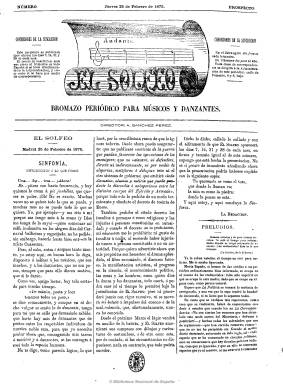
Título: El Solfeo (Madrid)
Colección: Revistas satíricas y humorísticas || Periódicos
Ámbito geográfico: Madrid
Lugar de publicación: Madrid
Fechas: 25/02/1875-25/07/1878

Aunque utilice términos musicales en su redacción, como en el propio título y subtítulo, se trata de un periódico de marcado carácter político y tendencia cripto-republicana que, al ser proscrita  esta prensa tras el golpe del general Arsenio Martínez Campos en Sagunto y la consiguiente restauración de la dinastía borbónica en la persona de Alfonso XII, adopta un carácter cómico-serio, satírico y humorístico. Dirigido por el federalista Antonio Sánchez Pérez, intentará ser punto de encuentro entre las diferentes facciones del republicanismo español y sus textos mostrarán una elevada altura literaria. Comenzará apareciendo cuatro veces al mes, y tras una breve suspensión en julio de 1875 por parte del gobernador civil, pasa a ser diario a partir de octubre de este año, cambiando su subtítulo “bromazo periódico para músicos y danzantes” a “bromazo diario…”, con números de cuatro páginas.

Contendrá artículos, revista de prensa, noticias y crónica de teatro, la mayor parte tratados con estilo joco-serio, así como grabados de caricaturas políticas y de costumbres. Alterna entre textos breves y artículos de fondo, tanto en prosa como en verso. El principal de sus redactores será Leopoldo Alas, recién llegado a Madrid, que firmará también con el seudónimo Zoilito y comenzará también a utilizar el de Clarín. Incluirá una sección titulada “Correspondencia del exterior”, en donde colaboran republicanos en el exilio, como el propio Nicolás Salmerón o Ángel Fernández de los Ríos, asiduo este en sus páginas desde su corresponsalía en París. También se dan cita en sus páginas Gumersindo de Azcárate, Armando Palacio Valdés, Luis Taboada, Eusebio Sierra, Antonio Sánchez Ramón, Eusebio Moya Bolivar, Ricardo Becerro y Eladio Lezama, apareciendo otros textos firmados con los seudónimos Compasillo, Clarinete y Maestoso.

Antes de desaparecer, en 1878 se subtitula “diario democrático de la mañana”, adscribiéndose a este partido, incluyendo ya la sección “Correo de provincias” y una breve de “Espectáculos”, así como un folletín propio, además de los anuncios comerciales del faldón de su última página. Desparece este último año para ser continuado por La unión, título que dirigido por el mismo Antonio Sánchez Pérez, hace alusión al intento de unificar las dispersas tendencias republicanas españolas. Editó también un Almanaque anual.